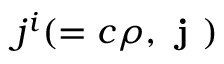
j ^ { i } ( = c \rho , \textbf { j } )